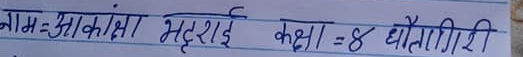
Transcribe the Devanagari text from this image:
नाम = आकांक्षा भट्टराई कक्षा = ४ धौलागिरी